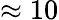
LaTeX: \approx 10